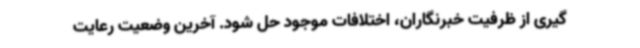
گیری از ظرفیت خبرنگاران، اختلافات موجود حل شود. آخرین وضعیت رعایت